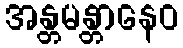
အန္တမန္တာနေဝ